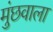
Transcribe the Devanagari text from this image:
मुंछवाला